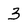
Character: 3